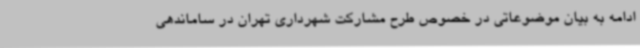
ادامه به بیان موضوعاتی در خصوص طرح مشارکت شهرداری تهران در ساماندهی